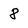
Character: 8